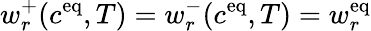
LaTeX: w_{r}^{+}(c^{\mathrm{{eq}}},T)=w_{r}^{-}(c^{\mathrm{{eq}}},T)=w_{r}^{\mathrm{{eq}}}